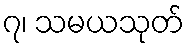
၇၊ သမယသုတ်